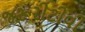
જરૂરીટીવી